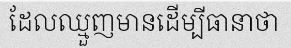
ដែលឈ្មួញមានដើម្បីធានាថា